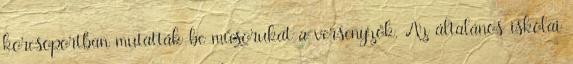
korcsoportban mutatták be műsorukat a versenyzők. Az általános iskolai